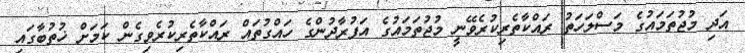
އަދި މުޖުތަމައުގެ މަސްލަހަތު ރައްކާތެރިކުރެވޭނީ މުޖުތަމައުގެ އަފުރާދުންގެ ހައްގުތައް ރައްކާތެރިކުރެވިގެން ކަމަށް ޚުތުބާގައި